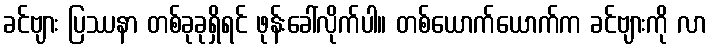
ခင်ဗျား ပြဿနာ တစ်ခုခုရှိရင် ဖုန်းခေါ်လိုက်ပါ။ တစ်ယောက်ယောက်က ခင်ဗျားကို လာ